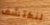
لنكتشف